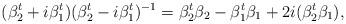
LaTeX: \begin{align*} (\beta_2^t + i \beta_1^t) (\beta_2^t - i \beta_1^t)^{-1} = \beta_2^t \beta_2 - \beta_1^t \beta_1 + 2 i (\beta_2^t \beta_1), \end{align*}